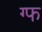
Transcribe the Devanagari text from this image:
ग्फ